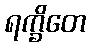
ရက္ခိတေ